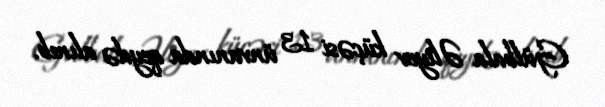
Gülbala Əliyev küçəsi 13 ünvanında qeydə alınıb.